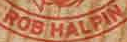
ROB HALPIN